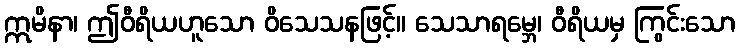
ဣမိနာ၊ ဤဝီရိယဟူသော ဝိသေသနဖြင့်။ သေသာရမ္ဘေ၊ ဝီရိယမှ ကြွင်းသော